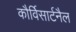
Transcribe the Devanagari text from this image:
कौर्विसार्टनैल